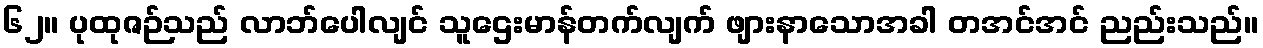
၆၂။ ပုထုဇဉ်သည် လာဘ်ပေါလျင် သူဌေးမာန်တက်လျက် ဖျားနာသောအခါ တအင်အင် ညည်းသည်။